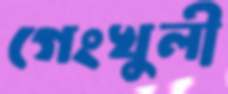
গেংখুলী